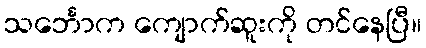
သင်္ဘောက ကျောက်ဆူးကို တင်နေပြီ။